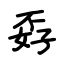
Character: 孬